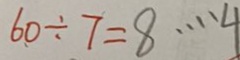
6 0 \div 7 = 8 \cdots 4